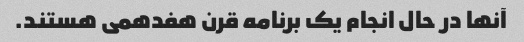
آنها در حال انجام یک برنامه قرن هفدهمی هستند.